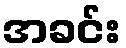
အခင်း